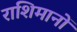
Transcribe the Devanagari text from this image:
राशिमानों